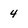
Character: 4